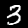
Label: 3